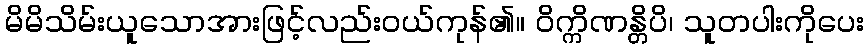
မိမိသိမ်းယူသောအားဖြင့်လည်းဝယ်ကုန်၏။ ဝိက္ကိဏန္တိပိ၊ သူတပါးကိုပေး